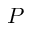
P